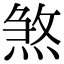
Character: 煞